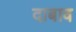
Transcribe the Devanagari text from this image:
दाबाव